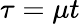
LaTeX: \tau=\mu t